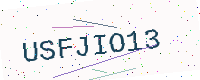
Text: USFJIO13